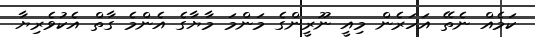
ކަމެއް ނެތޭ އަހަރެން މިއީ ނޫރީންގެ މަންމަ މާޔާގެ އެންމެ ގާތް އެކުވެރިޔާ